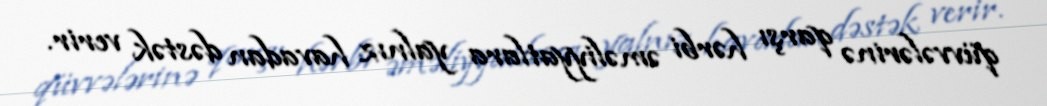
qüvvələrinə qarşı hərbi əməliyyatlara yalnız havadan dəstək verir.